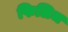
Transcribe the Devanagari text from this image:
फिलिज